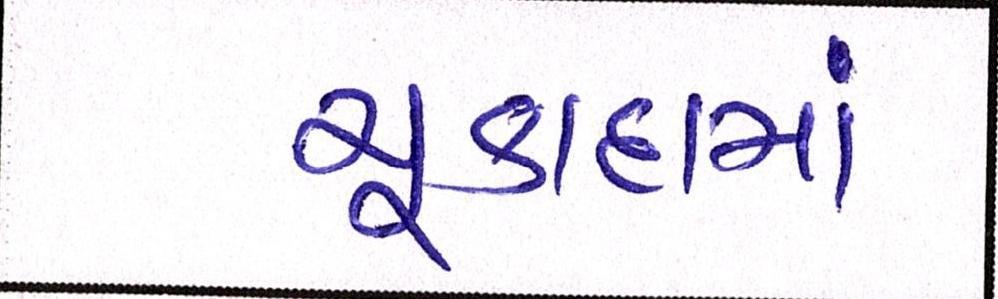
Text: ચૂકાદામાં